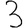
Digit: 3